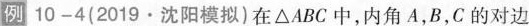
例10-4(2019·沈阳模拟)在△ABC中，内角A，B，C的对边